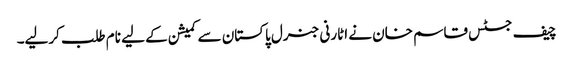
چیف جسٹس قاسم خان نے اٹارنی جنرل پاکستان سے کمیشن کے لیے نام طلب کرلیے۔